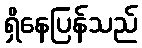
ရှိနေပြန်သည်